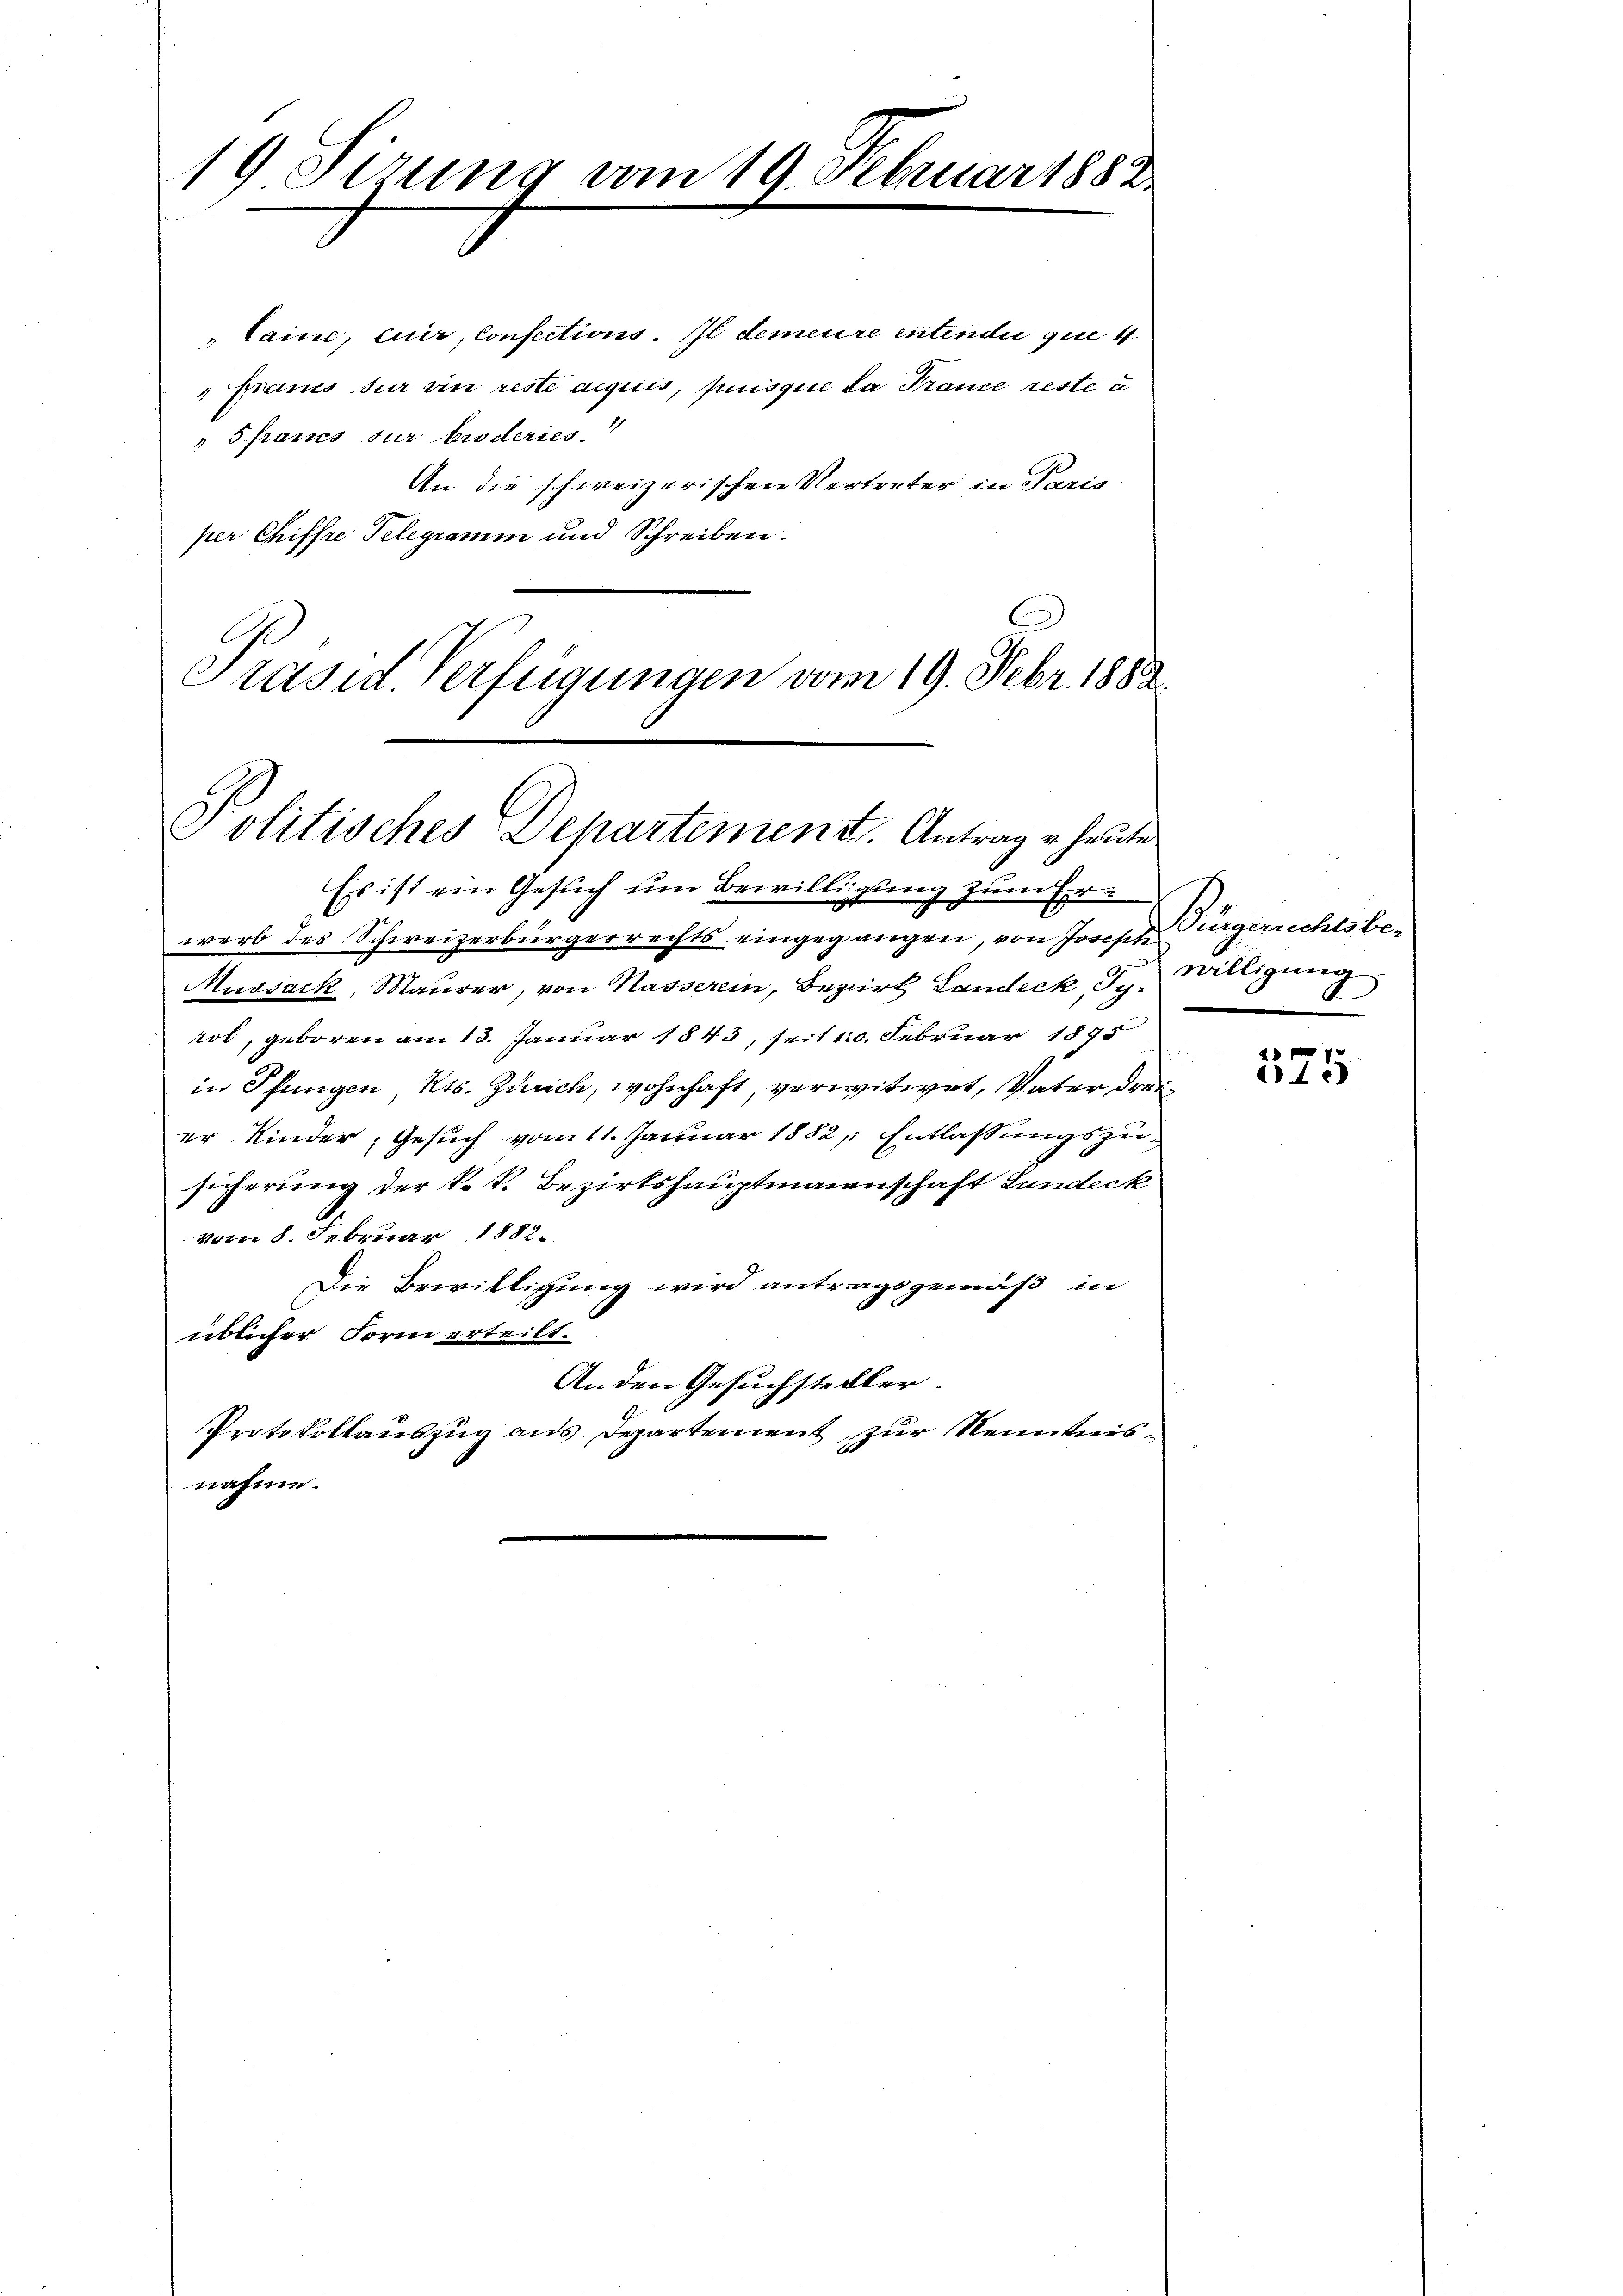
19 Sirung vom 19. Februar 1882.

taine, cuir, Confections. In demeure intendii que
Granis für ein reste acquis, puisque da France reste u
" S francs fur broderies
An die schweizerischen Vertreter in Paris
per Chiffre Telegramm und Schreiben.
Präsid. Verfügungen vom 19. Febr. 1888

Politisches Departement. Antrage heute

Es ist ein Gesuch um Bewilligung zum Er¬

werb des Schweizerbürgerrechts eingegangen, von Joseph Bürgerrechtsbe¬
Muosack, Maurer, von Nasserein, Bezirk Landeck, Jg. Willigung
rot, geboren am 13. Januar 1843, seit 100. Februar 1895
in Pfungen, Kts. Zürich, wohnhaft, verwitwet, Vater dreier Kinder, Gesuch vom 11. Januar 1882, Entlassungszusicherung der k.k. Bezirkshauptmanenschaft Landeck
vom 8. Februar 1882.
Die Bewilligung wird antragsgemäß in
üblicher Form erteilt.
An den Gesuchsteller.
Protokollauszug aus Departement zur Kenntnisnahme.

e

525